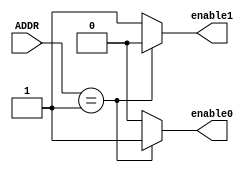
module demultiplexer (
    output enable0,
    output enable1,
    input [2:0] ADDR
);
    
    reg enable0;
    reg enable1;
    
    always @(ADDR) begin
        case (ADDR)
            3'b001: begin
                enable0 <= 1'b1;
                enable1 <= 1'b0;
            end
            3'b010: begin
                enable1 <= 1'b1;
                enable0 <= 1'b0;
            end
            default: begin
                enable0 <= 1'b0;
                enable1 <= 1'b1;
            end
        endcase
    end
    
endmodule